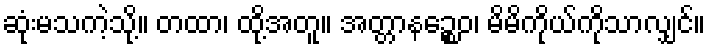
ဆုံးမသကဲ့သို့။ တထာ၊ ထို့အတူ။ အတ္တာနဉ္စေဝ၊ မိမိကိုယ်ကိုသာလျှင်။